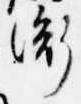
衡